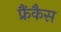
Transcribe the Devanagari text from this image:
फ्रैंकैस